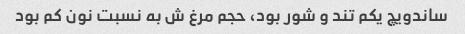
ساندویچ یکم تند و شور بود، حجم مرغ ش به نسبت نون کم بود